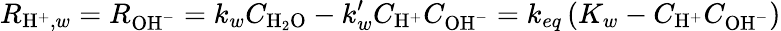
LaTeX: R_{\mathrm{H}^{+},w}=R_{\mathrm{OH}^{-}}=k_{w}C_{\mathrm{H}_{2}\mathrm{O}}-k_{w}^{\prime}C_{\mathrm{H}^{+}}C_{\mathrm{OH}^{-}}=k_{eq}\left(K_{w}-C_{\mathrm{H}^{+}}C_{\mathrm{OH}^{-}}\right)